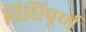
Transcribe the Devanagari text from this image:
विधिपूर्ण